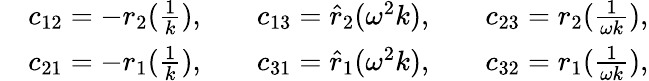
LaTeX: \begin{array}{rlrlrl}&{c_{12}=-r_{2}(\frac{1}{k}),}&&{c_{13}=\hat{r}_{2}(\omega^{2}k),}&&{c_{23}=r_{2}(\frac{1}{\omega k}),}\\ &{c_{21}=-r_{1}(\frac{1}{k}),}&&{c_{31}=\hat{r}_{1}(\omega^{2}k),}&&{c_{32}=r_{1}(\frac{1}{\omega k}),}\end{array}